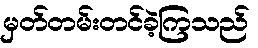
မှတ်တမ်းတင်ခဲ့ကြသည်